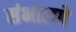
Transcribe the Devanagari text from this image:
संभालगे